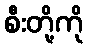
စီးတို့ကို